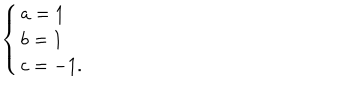
LaTeX: \left\{ \begin{array} { l } { { a = 1 } } \\ { { b = 1 } } \\ { { c = - 1 . } } \\ \end{array} \right.